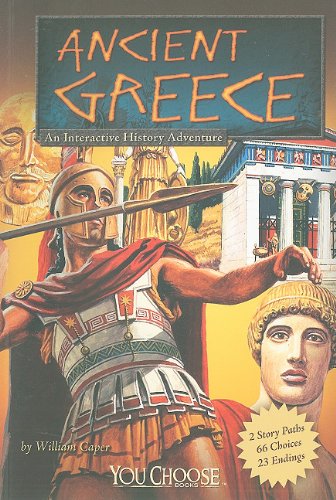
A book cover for Ancient Greece: An Interactive History Adventure (You Choose: Historical Eras); William Caper; Children's Books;